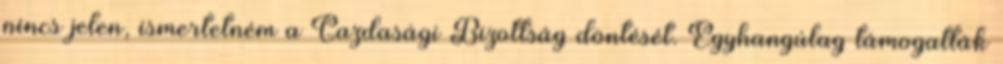
nincs jelen, ismertetném a Gazdasági Bizottság döntését. Egyhangúlag támogatták